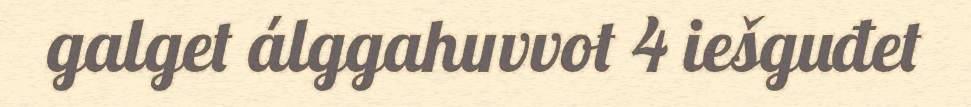
galget álggahuvvot 4 iešguđet